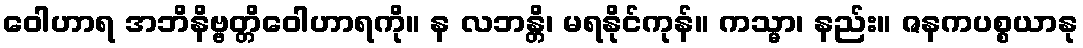
ဝေါဟာရ အဘိနိဗ္ဗတ္တိဝေါဟာရကို။ န လဘန္တိ၊ မရနိုင်ကုန်။ ကသ္မာ၊ နည်း။ ဇနကပစ္စယာနု